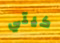
كيتي